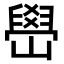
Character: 嶨